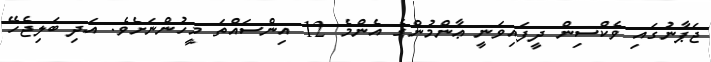
ޖަޕާނުގައި ވެކްސިން ދީފައިވަނީ ޢާންމުންގެ އެންމެ 12 އިންސައްތަ މީހުންނަށެވެ. އަދި ބަލިޖެހޭ